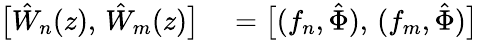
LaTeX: \begin{array}{rl}{\bigl[\hat{W}_{n}(z),\, \hat{W}_{m}(z)\bigr]}&{{}=\bigl[(f_{n},\hat{\Phi}),\, (f_{m},\hat{\Phi})\bigr]}\end{array}